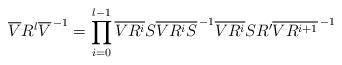
LaTeX: \begin{align*}\overline{V}R^l \overline{V}^{\,-1}=\prod^{l-1}_{i=0}\overline{VR^i}S\overline{VR^i S}^{\,-1} \overline{VR^i}SR'\overline{VR^{i+1}}^{\,-1}\end{align*}